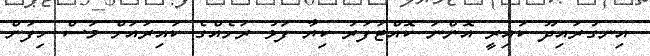
އިނގުރައިދޫ ކައިރީ އޮންނަ ކޮއްޓަފަރު ކިޔާ ފަޅު ރަށެއްގެ ކައިރައަށް މަސް ހިފަން